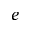
e